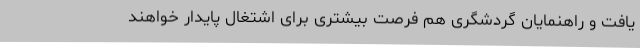
یافت و راهنمایان گردشگری هم فرصت بیشتری برای اشتغال پایدار خواهند